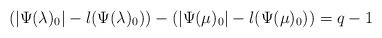
LaTeX: \begin{align*}(|\Psi(\lambda)_0|-l(\Psi(\lambda)_0))-(|\Psi(\mu)_0|-l(\Psi(\mu)_0))=q-1\end{align*}